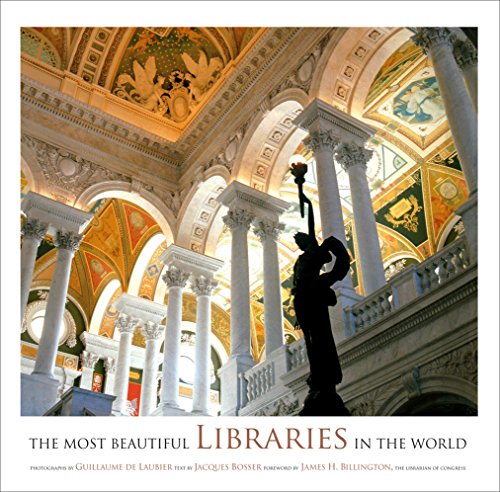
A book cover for The Most Beautiful Libraries in the World; Jacques Bosser; Arts & Photography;